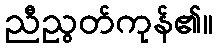
ညီညွတ်ကုန်၏။